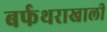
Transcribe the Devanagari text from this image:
बर्फथराखाली